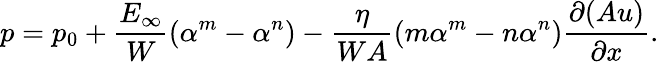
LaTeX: p=p_{0}+\frac{E_{\infty}}{W}\left(\alpha^{m}-\alpha^{n}\right)-\frac{\eta}{WA}\left(m\alpha^{m}-n\alpha^{n}\right)\frac{\partial(Au)}{\partial x}.